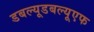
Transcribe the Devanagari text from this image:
डबल्यूडबल्यूएफ